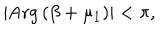
\left| \mathrm { A r g } \left( \beta + \mu _ { 1 } \right) \right| < \pi ,